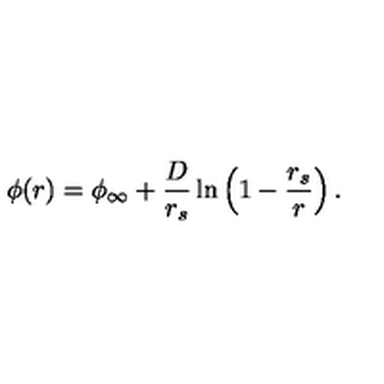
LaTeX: \phi ( r ) = \phi _ { \infty } + { \frac { D } { r _ { s } } } \ln \left( 1 - { \frac { r _ { s } } { r } } \right) .